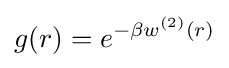
g(r)=e^{-\beta w^{(2)}(r)}